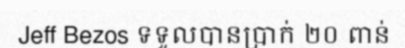
Jeff Bezos ទទួលបានប្រាក់ ២០ ពាន់